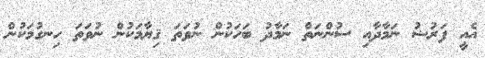
އެއީ ފަރުޟު ނަމާދާއި ސުންނަތް ނަމާދު ބަހަކުން ނުވަތަ ޤިޔާމަކުން ނުވަތަ ހިނގުމަކުން